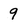
Character: 9